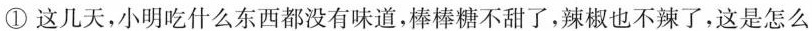
①这儿天，小明吃什么东西都没有味道，棒棒糖不甜了，辣椒也不辣了，这是怎么